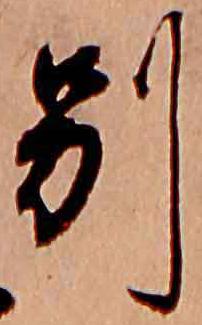
別